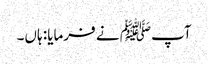
آپﷺ نے فرمایا: ہاں۔